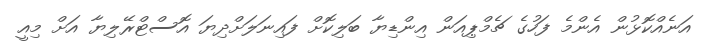
އަނެއްކޮޅުން އެންމެ ފަހުގެ ޗެމްޕިއަން އިންޑިޔާ ބަލިކޮށް ފައިނަލަށްދިޔަ އޮސްޓްރޭލިޔާ އަށް މިއީ